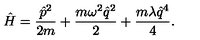
\hat { H } = \frac { \hat { p } ^ { 2 } } { 2 m } + \frac { m \omega ^ { 2 } \hat { q } ^ { 2 } } { 2 } + \frac { m \lambda \hat { q } ^ { 4 } } { 4 } .